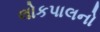
લોકપાલનો